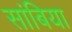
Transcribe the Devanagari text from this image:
सांबिया